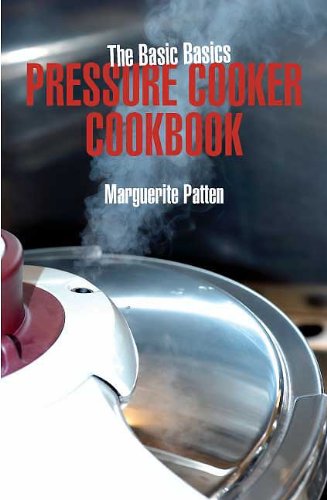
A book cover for BASIC BASICS PRESSURE COOKER COOKBOOK, THE; Marguerite Patten; Cookbooks, Food & Wine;